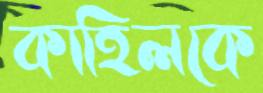
কাহিলকে